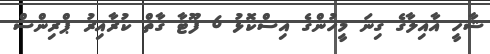
ޝާހީ އާއިލާގެ ގިނަ މީހުންގެ އިސްކޮޅު 6 ފޫޓާ ގާތް ކުރާއިރު ޕްރިންސް